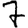
Digit: 7